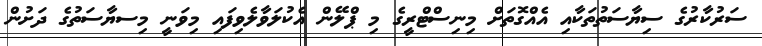
ސަރުކާރުގެ ސިޔާސަތުތަކާއި އެއްގޮތަށް މިނިސްޓްރީގެ މި ޕްލޭން އެކުލަވާލެވިފައި މިވަނީ މިސޔާސަތުގެ ދަށުން